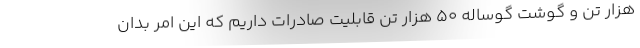
هزار تن و گوشت گوساله ۵۰ هزار تن قابلیت صادرات داریم که این امر بدان